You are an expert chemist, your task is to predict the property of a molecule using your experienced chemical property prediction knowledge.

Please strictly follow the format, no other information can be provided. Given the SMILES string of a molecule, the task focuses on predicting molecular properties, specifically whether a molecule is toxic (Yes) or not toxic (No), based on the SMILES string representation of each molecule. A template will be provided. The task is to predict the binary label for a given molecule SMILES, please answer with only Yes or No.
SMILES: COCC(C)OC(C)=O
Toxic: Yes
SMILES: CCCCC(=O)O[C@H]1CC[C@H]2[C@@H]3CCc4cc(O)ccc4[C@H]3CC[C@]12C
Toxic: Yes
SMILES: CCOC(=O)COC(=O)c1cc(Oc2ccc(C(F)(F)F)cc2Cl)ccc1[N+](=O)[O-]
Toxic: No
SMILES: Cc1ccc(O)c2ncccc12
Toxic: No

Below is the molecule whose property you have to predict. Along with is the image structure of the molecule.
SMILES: C1OCOCO1
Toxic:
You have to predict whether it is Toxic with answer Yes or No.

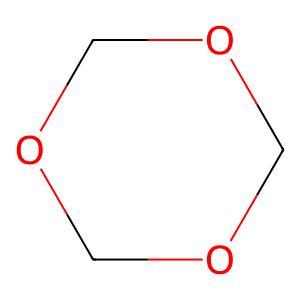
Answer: No